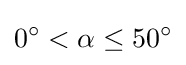
0^{\circ }<\alpha \leq 50^{\circ }